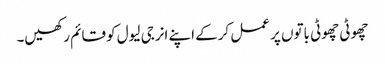
چھوٹی چھوٹی باتوں پر عمل کرکے اپنے انرجی لیول کو قائم رکھیں۔